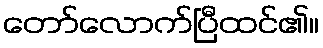
တော်လောက်ပြီထင်၏။